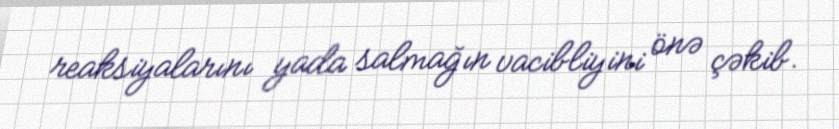
reaksiyalarını yada salmağın vacibliyini önə çəkib.